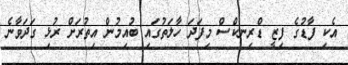
އެކި ފާޑުގެ ފިޒީ ޑްރިނކްސް މިފަދަ ހާލަތުގައި ބުއިމުން އިތުރަށް ރުޅި ގަދަވާނެ